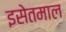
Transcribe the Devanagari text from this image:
इसेतमाल